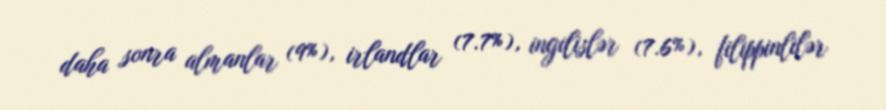
daha sonra almanlar (9%), irlandlar (7.7%), ingilislər (7.6%), filippinlilər